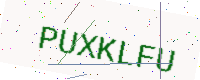
Text: PUXKLFU